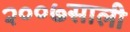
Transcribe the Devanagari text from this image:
२००७साली